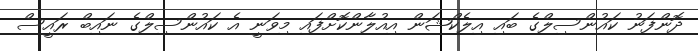
ދޮންފަނު ކައުންސިލްގެ ބައި އިލެކްޝަން އިއުލާންކޮށްފައި މިވަނީ އެ ކައުންސިލްގެ ނައިބް ރައީސް